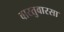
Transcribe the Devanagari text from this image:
वास्तुवारसा